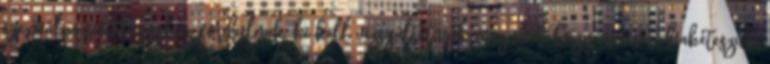
szexuálpszichológushoz fordulnak, ki kell vizsgáltatniuk magukat, hogy nincs-e diabéteszük,